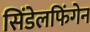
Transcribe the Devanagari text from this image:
सिंडेलफिंगेन